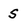
Character: S